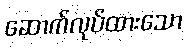
ဆောက်လုပ်ထားသော